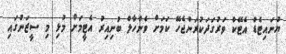
ޔުނައިޓެޑް އެޓޭކް ވަރުގަދަކުރަންޖެހޭ ކަމަށް ވެންހާލް ބުނިއިރު އެޓީމަށް މުޅި މި ސީޒަނުގައި